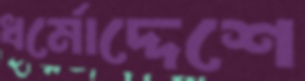
ধর্মোদ্দেশে